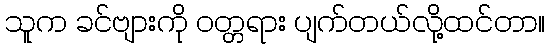
သူက ခင်ဗျားကို ဝတ္တရား ပျက်တယ်လို့ထင်တာ။